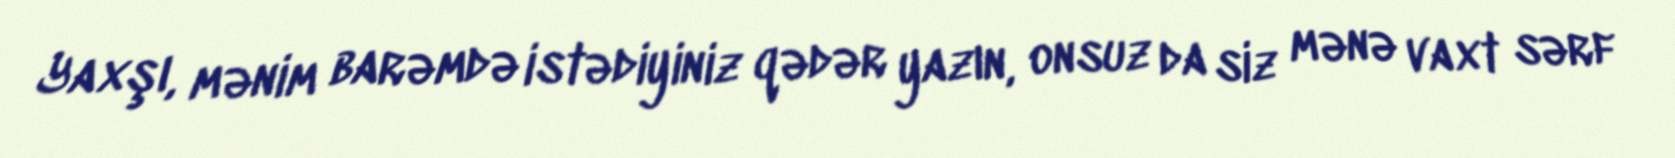
Yaxşı, mənim barəmdə istədiyiniz qədər yazın, onsuz da siz mənə vaxt sərf